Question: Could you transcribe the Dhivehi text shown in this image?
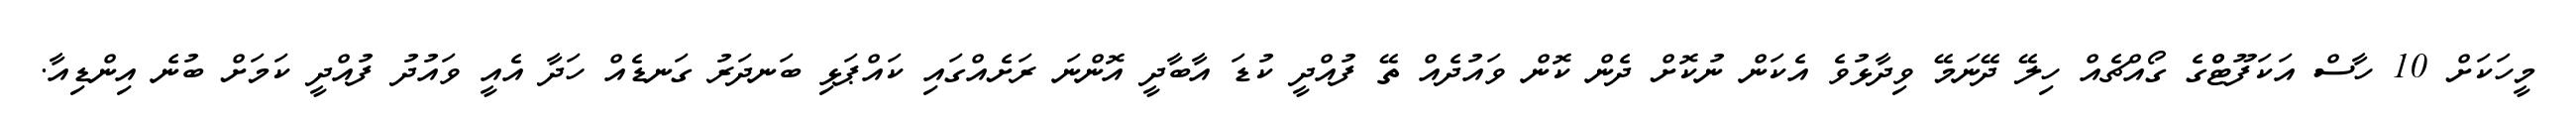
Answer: މީހަކަށް 10 ހާސް އަކަފޫޓްްގެ ގޯއްޗެއް ހިލޭ ދޭނަމޭ ވިދާޅުވެ އެކަން ނުކޮށް ދެން ކޮން ވައުދެއް ތޭ ފުއްދީ ކުޑަ އާބާދީ އޮންނަ ރަށެއްގައި ކައްޕަޅި ބަނދަރު ގަނޑެއް ހަދާ އެއީ ވައުދު ފުއްދީ ކަމަށް ބުނެ އިންޑިއާ.